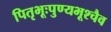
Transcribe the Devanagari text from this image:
पितृभूःपुण्यभूश्चैव